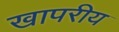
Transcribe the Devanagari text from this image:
खापरीय